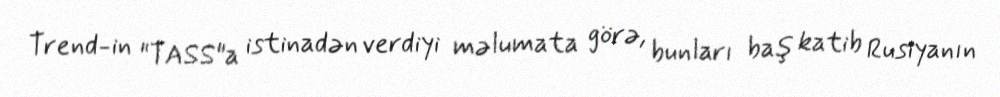
Trend-in "TASS"a istinadən verdiyi məlumata görə, bunları baş katib Rusiyanın